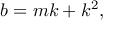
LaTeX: b = m k + k ^ { 2 } ,